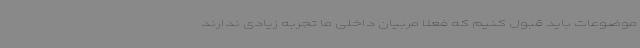
موضوعات باید قبول کنیم که فعلا مربیان داخلی ما تجربه زیادی ندارند